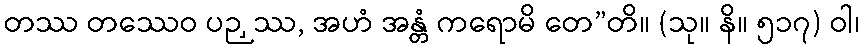
တဿ တဿေဝ ပဉှဿ, အဟံ အန္တံ ကရောမိ တေ”တိ။ (သု။ နိ။ ၅၁၇) ဝါ၊